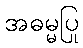
အဓမ္မပြု